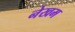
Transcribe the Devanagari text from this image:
नेखम